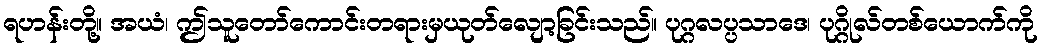
ရဟန်းတို့။ အယံ၊ ဤသူတော်ကောင်းတရားမှယုတ်လျော့ခြင်းသည်။ ပုဂ္ဂလပ္ပသာဒေ၊ ပုဂ္ဂိုလ်တစ်ယောက်ကို